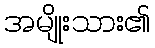
အမျိုးသား၏